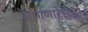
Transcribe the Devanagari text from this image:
सांगणारेसुद्धा